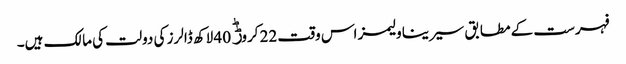
فہرست کے مطابق سیرینا ولیمز اس وقت 22 کروڑؕ 40 لاکھ ڈالرز کی دولت کی مالک ہیں۔